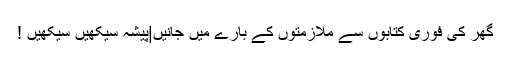
گھر کی فوری کتابوں سے ملازمتوں کے بارے میں جانیں|پیشہ سیکھیں سیکھیں !